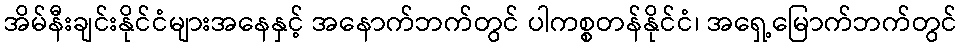
အိမ်နီးချင်းနိုင်ငံများအနေနှင့် အနောက်ဘက်တွင် ပါကစ္စတန်နိုင်ငံ၊ အရှေ့မြောက်ဘက်တွင်